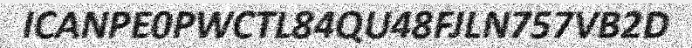
ICANPE0PWCTL84QU48FJLN757VB2D